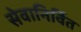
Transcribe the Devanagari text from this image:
सेवानिर्वित